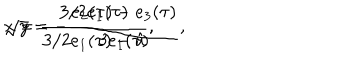
LaTeX: { \displaystyle x = \frac { 3 / 2 e _ { 1 } ( \tau ) } { 3 / 2 e _ { 1 } ( \tau ) - \hat { u } } , } \hspace { 1 c m } { \displaystyle \sqrt { y } = - \frac { e _ { 2 } ( \tau ) - e _ { 3 } ( \tau ) } { 3 e _ { 1 } ( \tau ) } , }